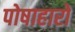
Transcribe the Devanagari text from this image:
पोषाहारों